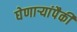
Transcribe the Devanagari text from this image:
घेणाऱ्यांपैकी